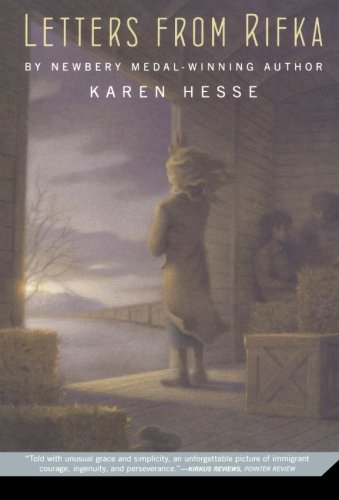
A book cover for Letters from Rifka; Karen Hesse; Children's Books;